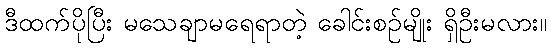
ဒီထက်ပိုပြီး မသေချာမရေရာတဲ့ ခေါင်းစဉ်မျိုး ရှိဦးမလား။